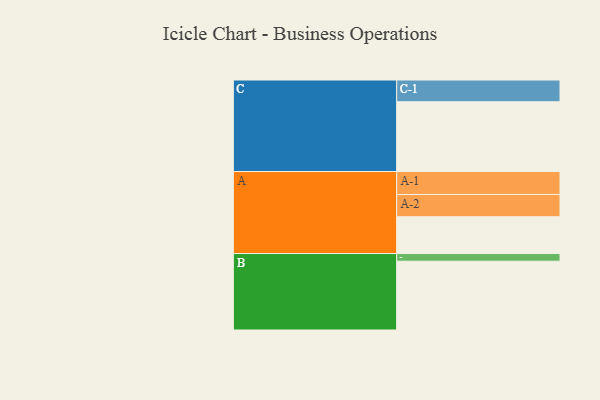
{"axis": {"x": "Segment", "y": "Value"}, "legend": ["", "A", "B", "C"], "data": [{"x": "A", "y": 303, "type": ""}, {"x": "B", "y": 566, "type": ""}, {"x": "C", "y": 574, "type": ""}, {"x": "A-1", "y": 189, "type": "A"}, {"x": "A-2", "y": 183, "type": "A"}, {"x": "B-1", "y": 63, "type": "B"}, {"x": "C-1", "y": 179, "type": "C"}]}